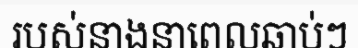
របស់នាងនាពេលឆាប់ៗ